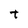
Character: t